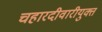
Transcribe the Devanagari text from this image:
चहारदीवारीयुक्त